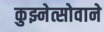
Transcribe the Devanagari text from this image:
कुझ्नेत्सोवाने